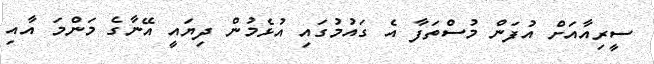
ސީރިއާއަށް އުފަން މުސްތަފާ އެ ގައުމުގައި އުޅެމުން ދިޔައީ އޭނާގެ މަންމަ އާއި